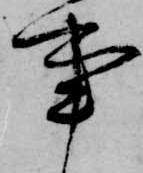
事